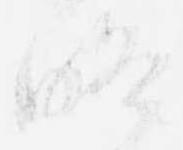
略